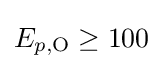
E_{p,\mathrm {O} }\geq 100